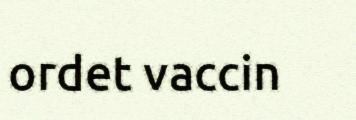
ordet vaccin